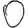
Digit: 0